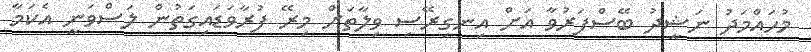
މުހައްމަދު ނަޝީދު ބޭސްފަރުވާ އަށް އިނގިރޭސި ވިލާތަށް މިރޭ ފުރާވަޑައިގަތުން ލަސްވަނީ އެކަމާ